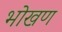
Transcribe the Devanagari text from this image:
भोखण